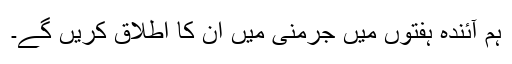
ہم آئندہ ہفتوں میں جرمنی میں ان کا اطلاق کریں گے۔